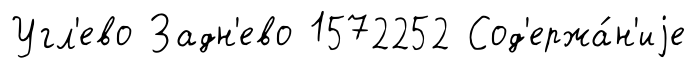
Угл'ево Задн'ево 1572252 Сод'ержа́н'иjе